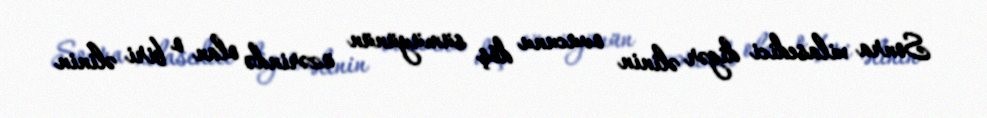
Sonra xilasedici digər əlinin ovucunu döş sümüyünün üzərində olan o biri əlinin